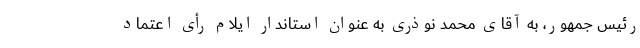
رئیس جمهور، به آقای محمد نوذری به عنوان استاندار ایلام رأی اعتماد